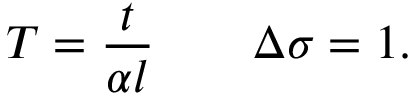
T = \frac { t } { \alpha l } \quad \quad \Delta \sigma = 1 .